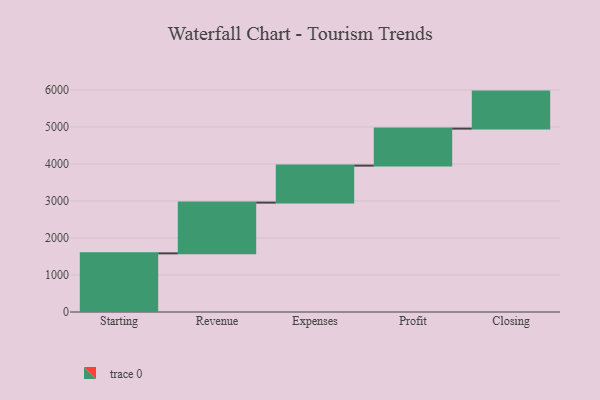
{"axis": {"x": "Step", "y": "Value"}, "legend": [""], "data": [{"x": "Starting", "y": 1585.0, "type": ""}, {"x": "Revenue", "y": 1371.0, "type": ""}, {"x": "Expenses", "y": 1000, "type": ""}, {"x": "Profit", "y": 1000, "type": ""}, {"x": "Closing", "y": 1000, "type": ""}]}